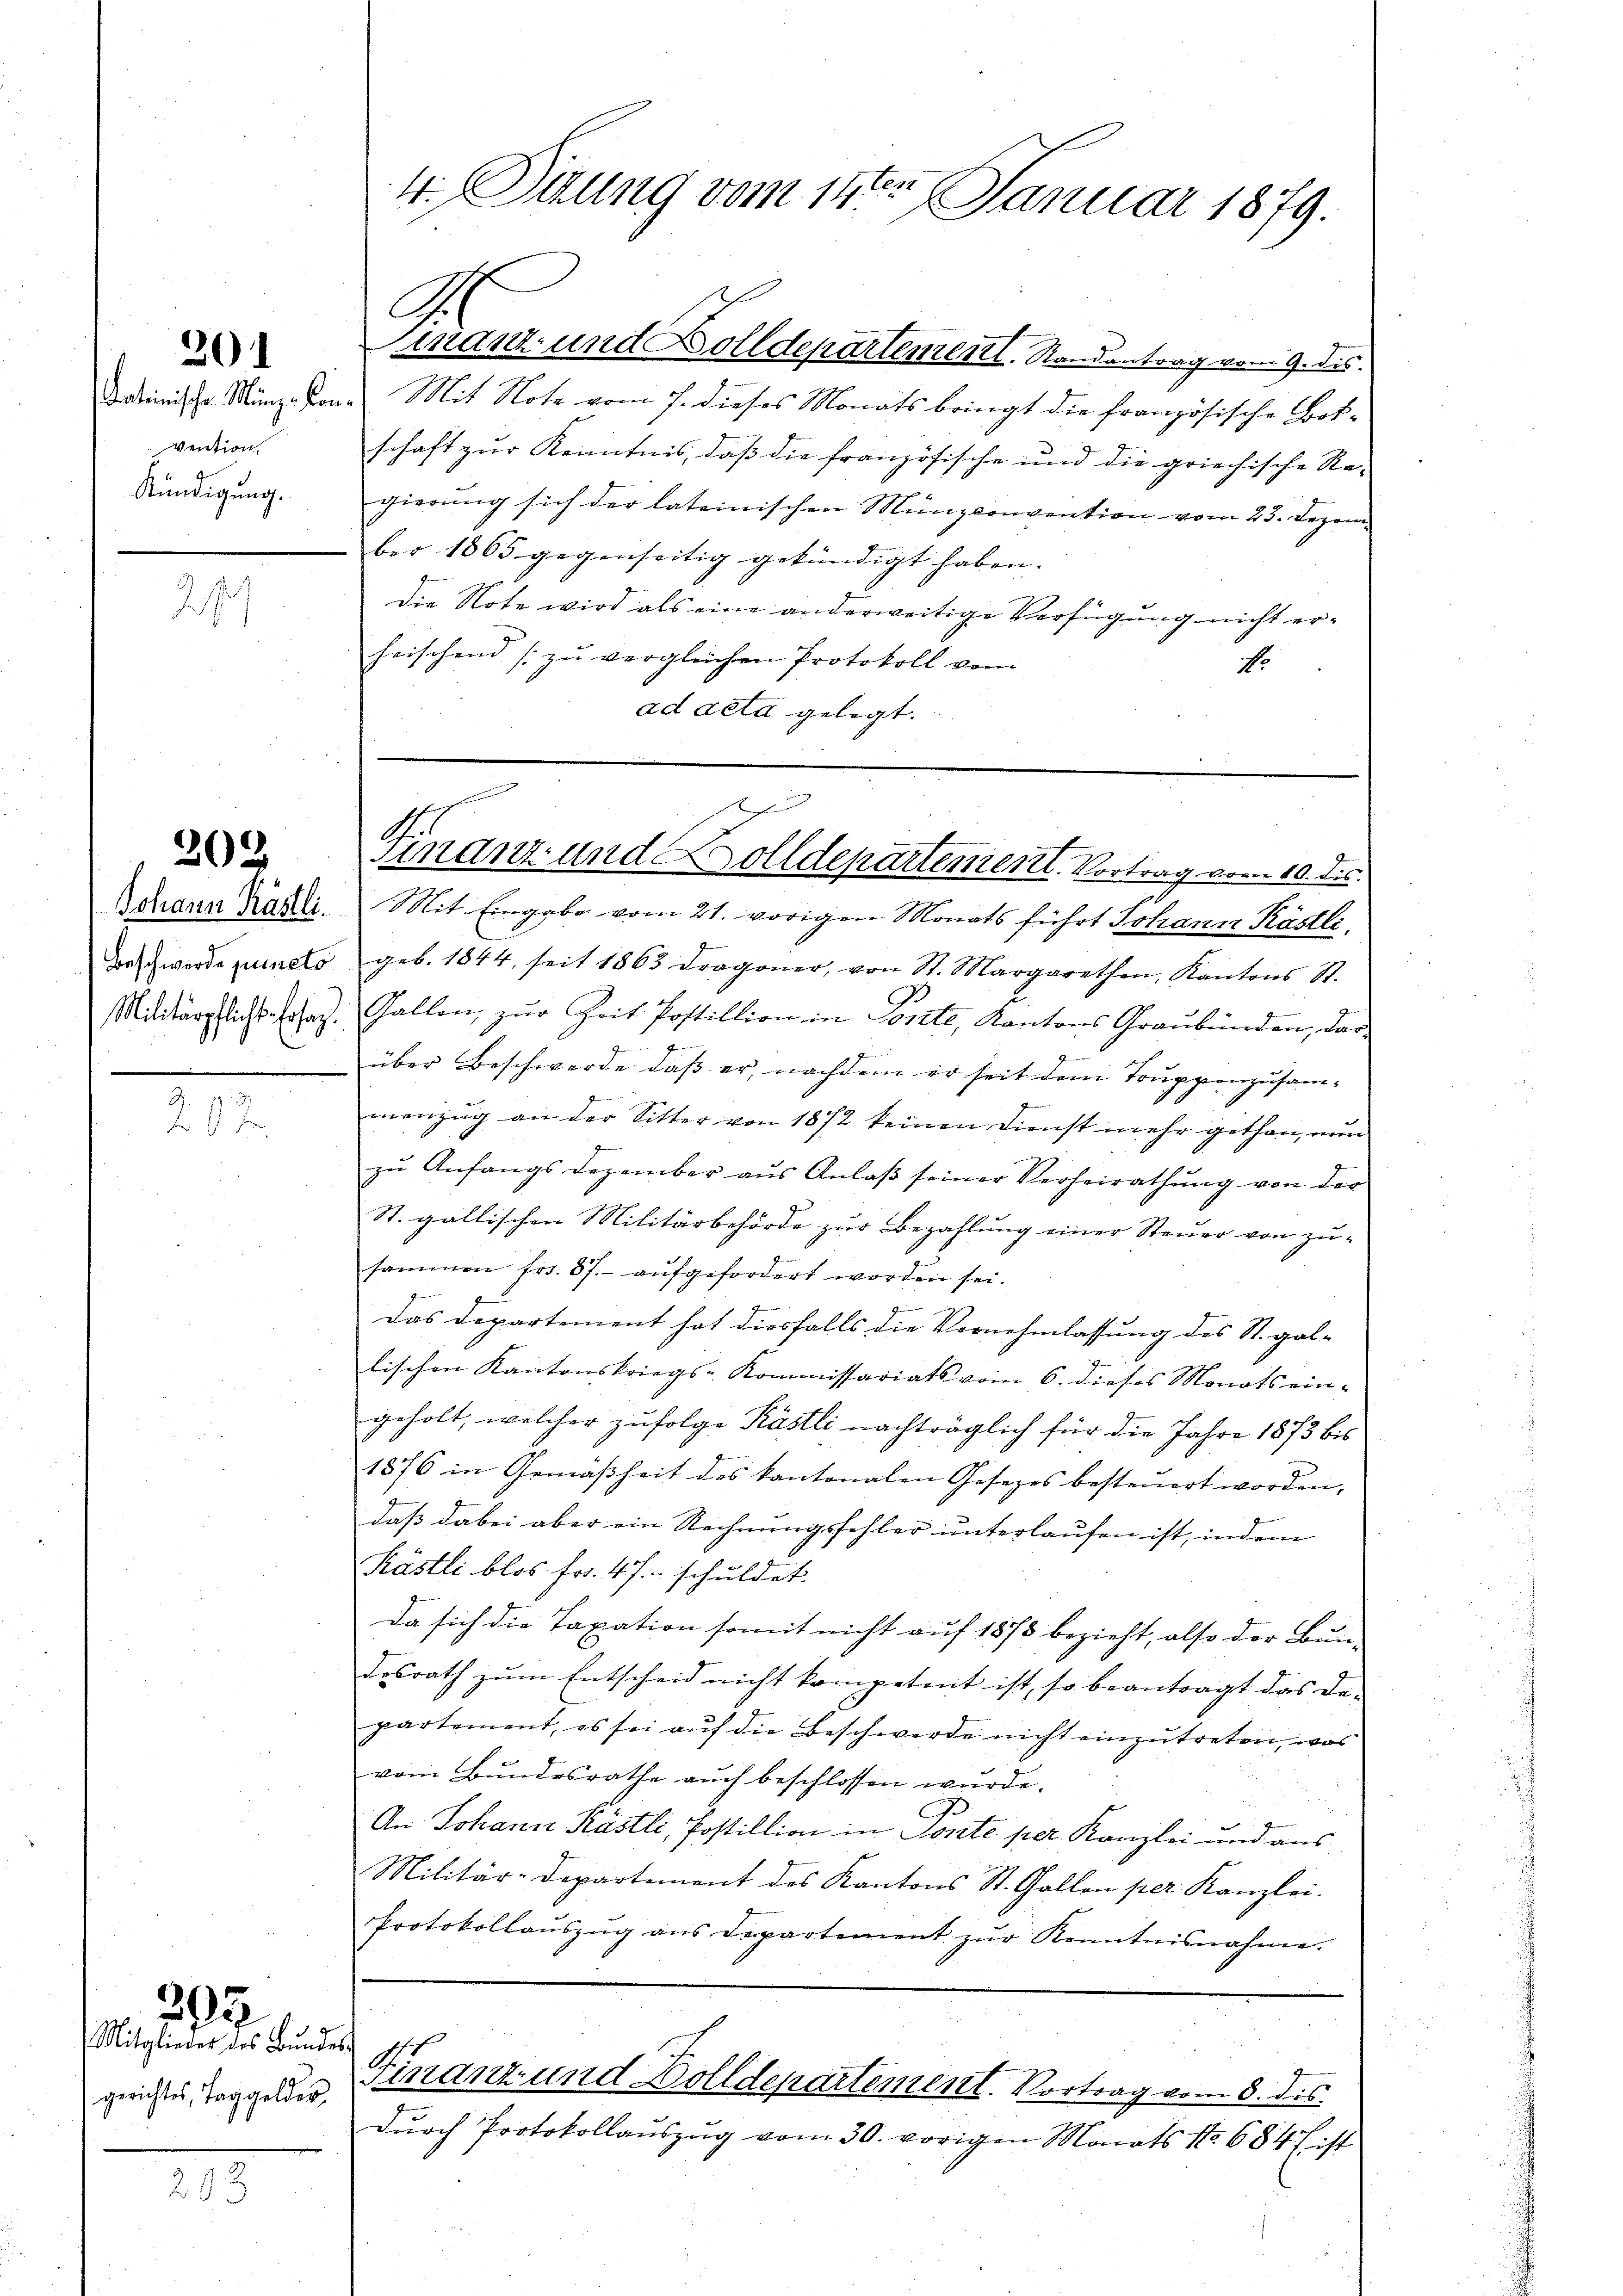
201

Vention
Kündigung.

27

Johann Kästli.
Beschwerde puncto
Militärpflicht. Ersat

203

392

Mitglieder des Bŭndes-
gerichtes, Taggeldes

203

4. Sitzung vom 14ten Januar 1879.

G
Finanz und Solldepartement. Randantrag vom 9. dis

adinische Münz-Kon. Mit Note vom 7. dieses Monats bringt die französische Botschaft zur Kenntnis, daß die französische und die griechische Re-
gierung sich der lateinischen Münzconvention vom 23. Dezem
ber 1865 gegenseitig gekündigt haben. |
die Note wird als eine anderweitige Verfügung nicht erheischend (zu vergleichen Protokoll vom
No
ad acta gelegt.

e
.
mnanz- und Dolldepartement. Vortrag vom 10. ds.

Mit Eingabe vom 21. vorigen Monats führt Johann Kästli
geb. 1844, seit 1863 Dragoner, von St. Margarethen, Kantons St.
Gallen, zur Zeit Postillion in Ponte, Kantons Graubünden, das¬
I
über Beschwerde daß er, nachdem er seit dem Truppenzusammenzug an der Sitter von 1872 keinen Dienst mehr gethan, nun
zu Anfangs Dezember aus Anlaβ seiner Verheirathung von der
St. gallischen Militärbehörde zur Bezahlung einer Steuer von zu-
sammen frs. 87. aufgefordert worden sei.
.
Das Departement hat diesfalls die Vernehmlassung des St. Gallischen Kantonskriegs-Kommissariats vom 6. dieses Monats eingeholt, welcher zufolge Kästli nachträglich für die Jahre 1873 bis
1876 in Gemäßheit des kantonalen Gesezes besteŭert worden,
daß dabei aber ein Rechnungsfehler unterlaufen ist, indem
Kästli blos Fr. 4 J. schuldet.
Da sich die Taxation somit nicht auf 1873 bezieht, also der Bun-
desrath zum Entscheid nicht kompetent ist, so beantragt das De-
partement, es sei auf die Beschwerde nicht einzutreten, was
vom Bundesrathe auch beschlossen wurde.
An Johann Kästli, Postillion in Ponte per. Kanzlei und aus
Militär-Departement des Kantons St. Gallen per Kanzlei.
Protokollaŭszŭg ans Departement zŭr Kenntnisnahme.

durch Protokollauszug vom 30. vorigen Monats No 684 f ist

.
Finanz- und Dolldepartement. Vortrag vom 8. ds.